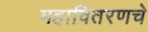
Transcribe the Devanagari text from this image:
महावितरणचे